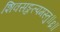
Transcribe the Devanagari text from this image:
शिवसङ्कल्पमस्तु॥६॥